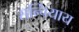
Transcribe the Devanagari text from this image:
सन्चियाय